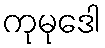
ကုမုဒေါ